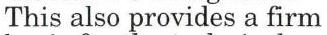
This also provides a firm